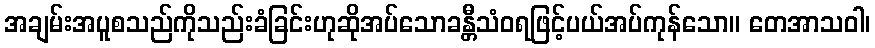
အချမ်းအပူစသည်ကိုသည်းခံခြင်းဟုဆိုအပ်သောခန္တီသံဝရဖြင့်ပယ်အပ်ကုန်သော။ တေအာသဝါ၊